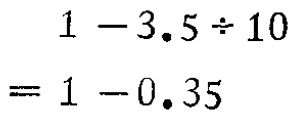
\[
\begin{align*}
&1 - 3.5\div10\\
=&1 - 0.35
\end{align*}
\]